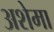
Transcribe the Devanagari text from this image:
अशेमा